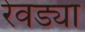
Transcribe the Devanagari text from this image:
रेवड्या